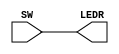
// Lab  1 Part 1
// Design a simple IO circuit
module Lab1_1 (SW, LEDR);
	input [9:0] SW;
	output [9:0] LEDR;
	
	// Turn LEDs 0-9 on when the corresponding switch 0-9 is on
	assign LEDR = SW;
endmodule